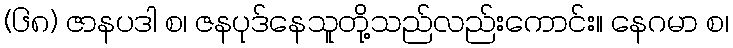
(၆၈) ဇာနပဒါ စ၊ ဇနပုဒ်နေသူတို့သည်လည်းကောင်း။ နေဂမာ စ၊